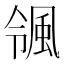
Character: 𮨨